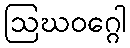
ဩဃဝဂ္ဂေါ